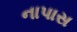
નાપાસ